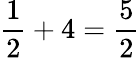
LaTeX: \frac{1}{2}+4=\frac{5}{2}